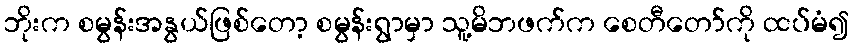
ဘိုးက စမွန်းအနွယ်ဖြစ်တော့ စမွန်းရွာမှာ သူ့မိဘဖက်က စေတီတော်ကို ထပ်မံ၍